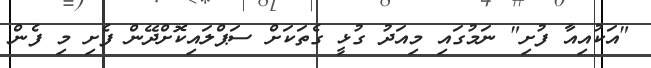
"އަކުއިއާ ފުށި" ނަމުގައި މިއަދު ގުޅީ ގެތަކަށް ސަޕްލައިކޮށްދޭން ފެށި މި ފެން